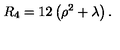
R _ { 4 } = 1 2 \left( \rho ^ { 2 } + \lambda \right) .